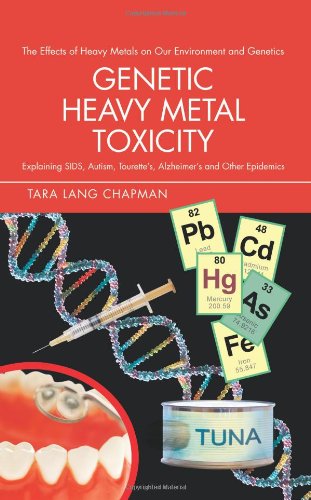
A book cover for Genetic Heavy Metal Toxicity: Explaining SIDS, Autism, Tourette's, Alzheimer's and Other Epidemics; Tara Chapman; Health, Fitness & Dieting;